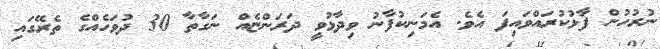
ނުރުހުން ފާޅުކުރައްވައިފަ އެވެ. އެމަނިކުފާނު ވިދާޅުވީ ދަރަންޏެއް ނަގާތާ 30 ދުވަހެއްގެ ތެރޭގައި